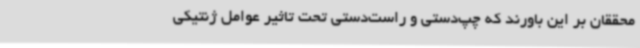
محققان بر این باورند که چپ‌دستی و راست‌دستی تحت تاثیر عوامل ژنتیکی